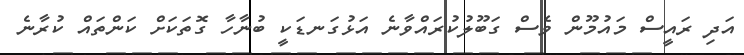
އަދި ރައީސް މައުމޫން ވެސް ގަބޫލުކުރައްވާނެ އަޅުގަނޑަކީ ބުނާހާ ގޮތަކަށް ކަންތައް ކުރާނެ